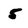
Character: 5